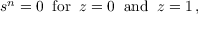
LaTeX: s ^ { n } = 0 \; \; \mathrm { f o r } \; \; z = 0 \; \; \mathrm { a n d } \; \; z = 1 \, ,